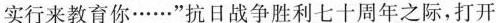
实行来教育你······”抗日战争胜利七十周年之际，打开